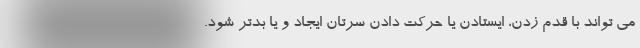
می تواند با قدم زدن، ایستادن یا حرکت دادن سرتان ایجاد و یا بدتر شود.